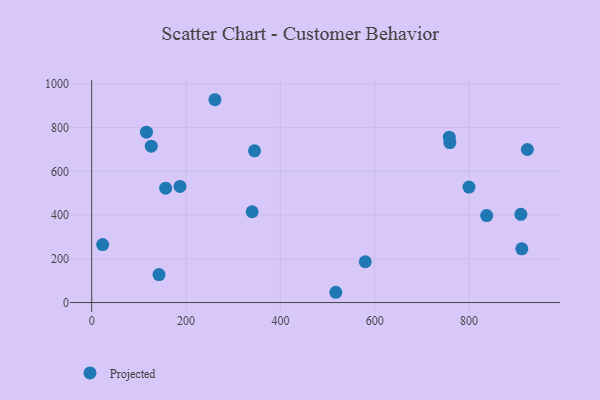
{"axis": {"x": "Engine Size", "y": "Profit"}, "legend": ["Projected"], "data": [{"x": "909.7", "y": 403.5, "type": "Projected"}, {"x": "156.8", "y": 523.1, "type": "Projected"}, {"x": "187.3", "y": 530.9, "type": "Projected"}, {"x": "911.7", "y": 245.9, "type": "Projected"}, {"x": "799.7", "y": 527.9, "type": "Projected"}, {"x": "837.2", "y": 397.8, "type": "Projected"}, {"x": "142.7", "y": 128.0, "type": "Projected"}, {"x": "345.2", "y": 693.6, "type": "Projected"}, {"x": "340.1", "y": 415.2, "type": "Projected"}, {"x": "579.9", "y": 186.7, "type": "Projected"}, {"x": "23.2", "y": 265.1, "type": "Projected"}, {"x": "116.1", "y": 779.0, "type": "Projected"}, {"x": "923.5", "y": 699.8, "type": "Projected"}, {"x": "517.5", "y": 47.0, "type": "Projected"}, {"x": "261.2", "y": 927.5, "type": "Projected"}, {"x": "126.3", "y": 715.0, "type": "Projected"}, {"x": "759.2", "y": 731.4, "type": "Projected"}, {"x": "758.0", "y": 756.3, "type": "Projected"}]}